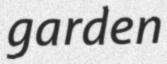
garden